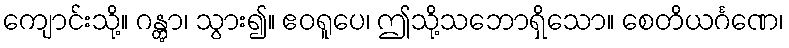
ကျောင်းသို့။ ဂန္တွာ၊ သွား၍။ ဧဝရူပေ၊ ဤသို့သဘောရှိသော။ စေတိယင်္ဂဏေ၊